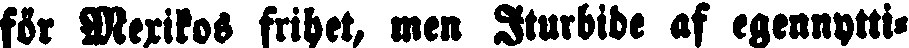
för Mexikos frihet, men Iturbide af egennytti-